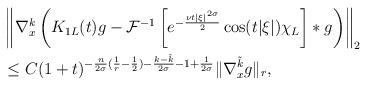
LaTeX: \begin{align*} & \left\| \nabla^{k}_{x} \left( K_{1L}(t)g-\mathcal{F}^{-1} \left[e^{-\frac{\nu t |\xi|^{2 \sigma}}{2}} \cos (t |\xi|) \chi_{L} \right] \ast g\right)\right\|_{2} \\& \le C (1+t)^{-\frac{n}{2 \sigma}(\frac{1}{r}-\frac{1}{2})-\frac{k-\tilde{k}}{2 \sigma}-1+\frac{1}{2 \sigma} } \| \nabla^{\tilde{k}}_{x} g \|_{r},\end{align*}